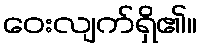
ဝေးလျက်ရှိ၏။